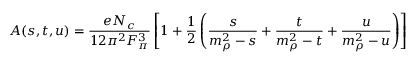
A ( s , t , u ) = { \frac { e N _ { c } } { 1 2 \pi ^ { 2 } F _ { \pi } ^ { 3 } } } \left[ 1 + { \frac { 1 } { 2 } } \left( { \frac { s } { m _ { \rho } ^ { 2 } - s } } + { \frac { t } { m _ { \rho } ^ { 2 } - t } } + { \frac { u } { m _ { \rho } ^ { 2 } - u } } \right) \right]